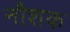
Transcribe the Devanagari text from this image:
नौशक